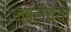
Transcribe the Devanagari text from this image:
कबरींच्या